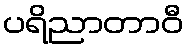
ပရိညာတာဝီ